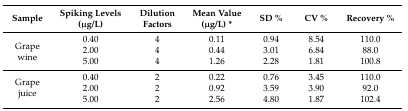
<table><thead><tr><td><b>Sample</b></td><td><b>Spiking Levels (μg/L)</b></td><td><b>Dilution Factors</b></td><td><b>Mean Value (μg/L) *</b></td><td><b>SD %</b></td><td><b>CV %</b></td><td><b>Recovery %</b></td></tr></thead><tbody><tr><td rowspan="3">Grape wine</td><td>0.40</td><td>4</td><td>0.11</td><td>0.94</td><td>8.54</td><td>110.0</td></tr><tr><td>2.00</td><td>4</td><td>0.44</td><td>3.01</td><td>6.84</td><td>88.0</td></tr><tr><td>5.00</td><td>4</td><td>1.26</td><td>2.28</td><td>1.81</td><td>100.8</td></tr><tr><td rowspan="3">Grape juice</td><td>0.40</td><td>2</td><td>0.22</td><td>0.76</td><td>3.45</td><td>110.0</td></tr><tr><td>2.00</td><td>2</td><td>0.92</td><td>3.59</td><td>3.90</td><td>92.0</td></tr><tr><td>5.00</td><td>2</td><td>2.56</td><td>4.80</td><td>1.87</td><td>102.4</td></tr></tbody></table>